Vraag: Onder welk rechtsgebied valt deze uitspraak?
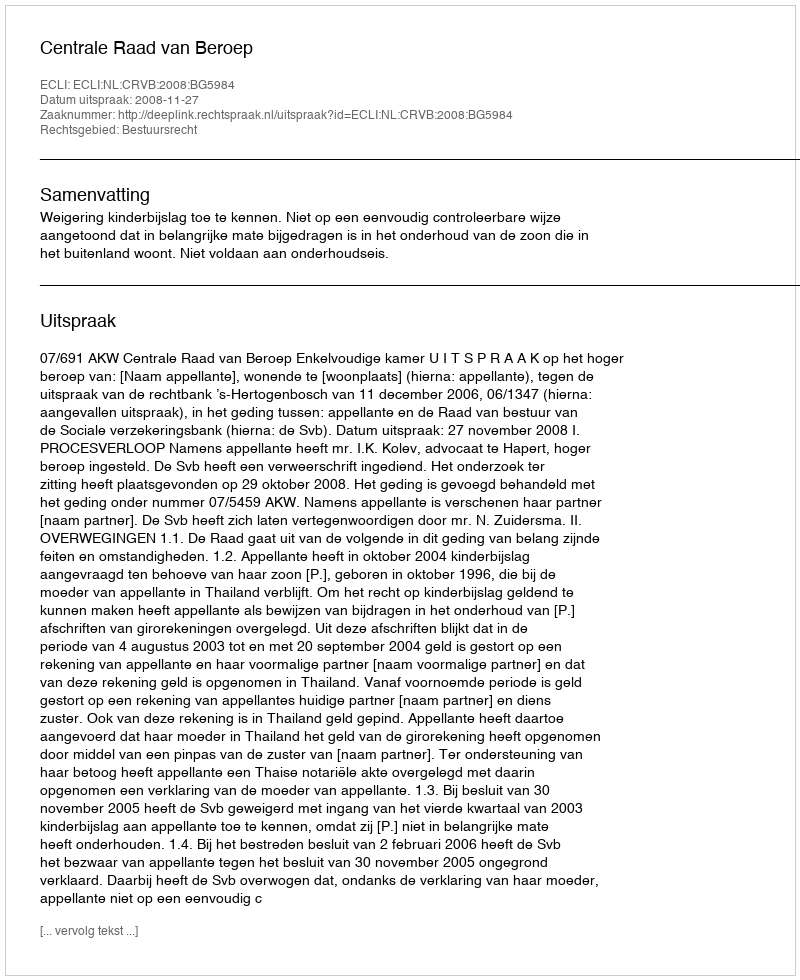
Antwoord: Bestuursrecht